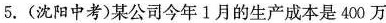
5.(沈阳中考)某公司今年1月的生产成本是400万